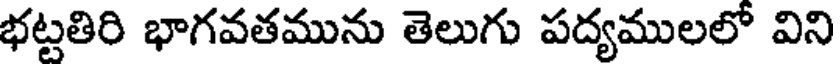
భట్టతిరి భాగవతమును తెలుగు పద్యములలో విని